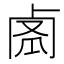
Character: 𠧼